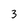
Character: 3